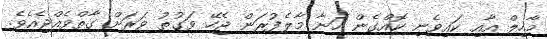
މާހިލް އާއި ކައިވެނި ކޮއްގެން ހަނާ މާލެފުރަން ޖެހޭ ވަގުތު ވަރަށް ގާތްވެއްޖެއެވެ.